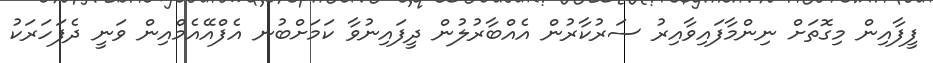
ފީފާއިން މިގޮތަށް ނިންމާފައިވާއިރު ސަރުކާރުން އެއްބާރުލުން ދީފައިނުވާ ކަމަށްބުނ އެފްއޭއެމްއިން ވަނީ ދެފަހަރަކު